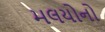
મલયોનો